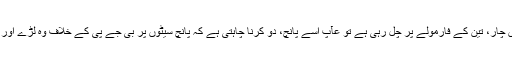
کانگریس اس میں چار، تین کے فارمولے پر چل رہی ہے تو عآپ اسے پانچ، دو کرنا چاہتی ہے کہ پانچ سیٹوں پر بی جے پی کے خلاف وہ لڑے اور دو پر کانگریس۔